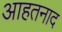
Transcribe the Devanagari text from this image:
आहतनाद